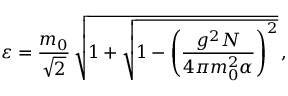
\varepsilon = \frac { m _ { 0 } } { \sqrt { 2 } } \, \sqrt { 1 + \sqrt { 1 - \left( \frac { g ^ { 2 } N } { 4 \pi m _ { 0 } ^ { 2 } \alpha } \right) ^ { 2 } } } \, ,